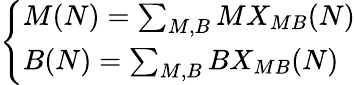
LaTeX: \left\{ \begin{array}{l}{{M(N)=\sum_{M,B}MX_{MB}(N)}}\\ {{B(N)=\sum_{M,B}BX_{MB}(N)}}\end{array}\right.